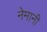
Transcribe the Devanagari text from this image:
नेमानी